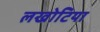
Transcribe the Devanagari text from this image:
लखोटिया